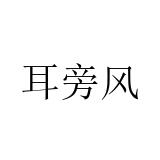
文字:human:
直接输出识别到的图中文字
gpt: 耳旁风